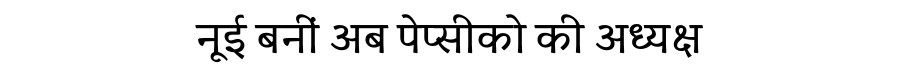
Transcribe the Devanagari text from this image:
नूई बनीं अब पेप्सीको की अध्यक्ष